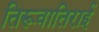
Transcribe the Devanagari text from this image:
तिरूवातिराई